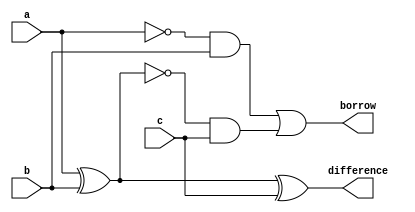
module fullsub(a,b,c,difference,borrow);
input a,b,c;
output difference,borrow;
wire w1,w2,w4,w5,w6;
xor x1(w2,a,b);
xor x2(difference,w2,c);
not n1(w1,a);
and a1(w5,w1,b);
not n2(w4,w2);
and a2(w6,w4,c);
or o1(borrow,w5,w6);
endmodule